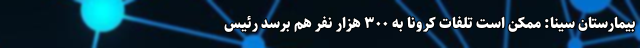
بیمارستان سینا: ممکن است تلفات کرونا به ۳۰۰ هزار نفر هم برسد رئیس